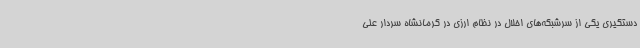
دستگیری یکی از سرشبکه‌های اخلال ‌در نظام ارزی در کرمانشاه سردار علی